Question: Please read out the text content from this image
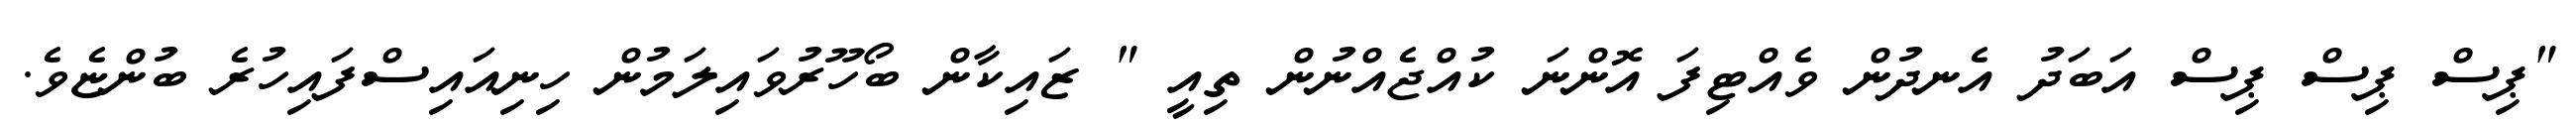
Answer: "ޕިސް ޕިސް ޕިސް އަބަދު އެނދުން ވެއްޓިފަ އޮންނަ ކުއްޖެއްނުން ތިއީ " ޒައިކާން ބޯހޫރުވައިލަމުން ހިނިއައިސްފައިހުރެ ބުންޏެވެ.